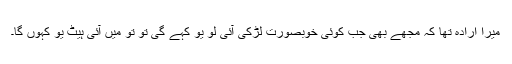
میرا ارادہ تھا کہ مجھے بھی جب کوئی خوبصورت لڑکی آئی لو یو کہے گی تو تو میں آئی ہیٹ یو کہوں گا۔